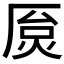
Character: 𫨐